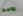
بوسط